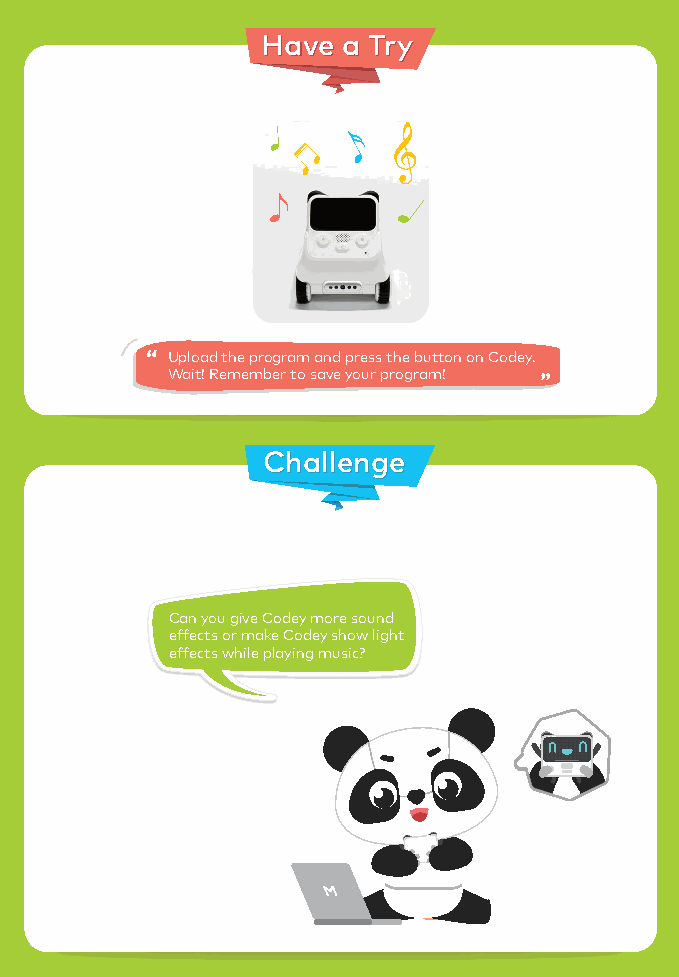
材质：105g铜版纸
 成品尺寸：345*165mm，
 工艺：双面印刷，折页
 HHaavvee aa TTrryy
 Upload the program and press the button on Codey.
 Wait! Remember to save your program!
 CChhaalllleennggee
 Can you give Codey more sound
 effects or make Codey show light
 effects while playing music?